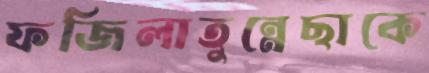
ফজিলাতুন্নেছাকে